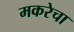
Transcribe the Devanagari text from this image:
मकरेचा